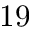
1 9